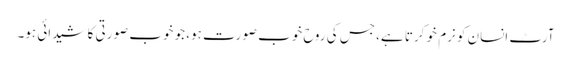
آرٹ انسان کو نرم خو کرتا ہے، جس کی روح خوب صورت ہو، جو خوب صورتی کا شیدائی ہو۔